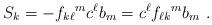
LaTeX: \begin{align*}S_{k} = -{f_{k\ell}}^{m}c^{\ell}b_{m} = c^{\ell} {f_{\ell k}}^{m}b_{m}~. \end{align*}